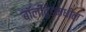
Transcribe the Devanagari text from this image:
बॉलीवुडमधील